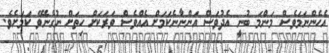
އެހެންނަމަވެސް މަންމަ ބުނީ އެދުވަސް އަންނާނެކަމަށް އެއްވެސް ވަރަކަށް ހިތަށް ނުގެނެވޭ ކަމަށެވެ.